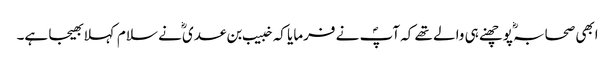
ابھی صحابہؓ پوچھنے ہی والے تھے کہ آپؐ نے فرمایا کہ خبیب بن عدی ؓنے سلام کہلا بھیجا ہے۔